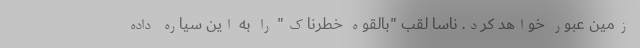
زمین عبور خواهد کرد. ناسا لقب "بالقوه خطرناک" را به این سیاره داده